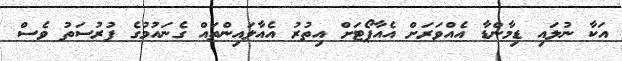
އަކާ ނުލައި ޑިމާންޑާ އެއްވަރަށް އެއާޕޯޓަށް އިތުރު އެއާލައިންތައް ގެނައުމުގެ ފުރުސަތު ވެސް